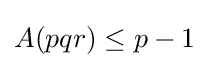
A(pqr)\leq p-1